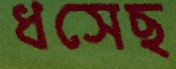
ধসেছ